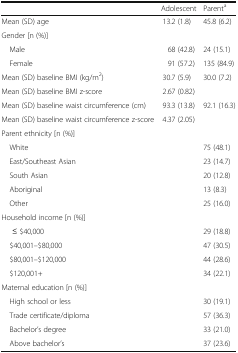
|  | Adolescent | Parenta |
 | --- | --- | --- |
 | Mean (SD) age | 13.2 (1.8) | 45.8 (6.2) |
 | <COLSPAN=3> Gender [n (%)] |
 | Male | 68 (42.8) | 24 (15.1) |
 | Female | 91 (57.2) | 135 (84.9) |
 | Mean (SD) baseline BMI (kg/m2) | 30.7 (5.9) | 30.0 (7.2) |
 | Mean (SD) baseline BMI z-score | 2.67 (0.82) |  |
 | Mean (SD) baseline waist circumference (cm) | 93.3 (13.8) | 92.1 (16.3) |
 | Mean (SD) baseline waist circumference z-score | 4.37 (2.05) |  |
 | <COLSPAN=3> Parent ethnicity [n (%)] |
 | White |  | 75 (48.1) |
 | East/Southeast Asian |  | 23 (14.7) |
 | South Asian |  | 20 (12.8) |
 | Aboriginal |  | 13 (8.3) |
 | Other |  | 25 (16.0) |
 | <COLSPAN=3> Household income [n (%)] |
 | ≤ $40,000 |  | 29 (18.8) |
 | $40,001–$80,000 |  | 47 (30.5) |
 | $80,001–$120,000 |  | 44 (28.6) |
 | $120,001+ |  | 34 (22.1) |
 | <COLSPAN=3> Maternal education [n (%)] |
 | High school or less |  | 30 (19.1) |
 | Trade certificate/diploma |  | 57 (36.3) |
 | Bachelor’s degree |  | 33 (21.0) |
 | Above bachelor’s |  | 37 (23.6) |